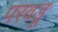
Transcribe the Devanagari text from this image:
परवडू